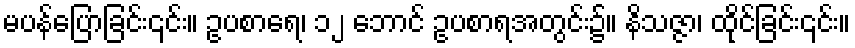
မပန်ပြောခြင်း၎င်း။ ဥပစာရေ၊ ၁၂ ဘောင် ဥပစာရအတွင်း၌။ နိသဇ္ဇာ၊ ထိုင်ခြင်း၎င်း။